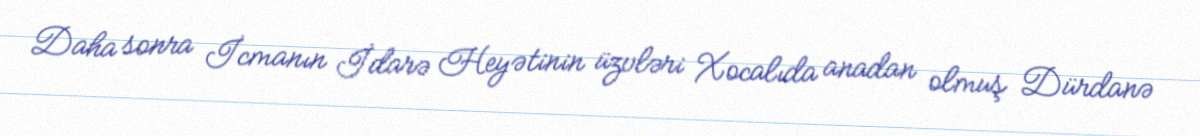
Daha sonra İcmanın İdarə Heyətinin üzvləri Xocalıda anadan olmuş Dürdanə